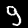
Digit: 9